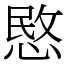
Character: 愍